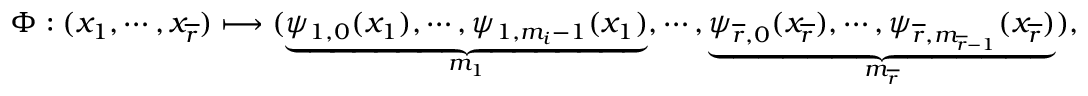
\Phi : ( x _ { 1 } , \cdots , x _ { \overline { { r } } } ) \longmapsto ( \underbrace { \psi _ { 1 , 0 } ( x _ { 1 } ) , \cdots , \psi _ { 1 , m _ { i } - 1 } ( x _ { 1 } ) } _ { m _ { 1 } } , \cdots , \underbrace { \psi _ { \overline { { r } } , 0 } ( x _ { \overline { { r } } } ) , \cdots , \psi _ { \overline { { r } } , m _ { \overline { { r } } - 1 } } ( x _ { \overline { { r } } } ) } _ { m _ { \overline { { r } } } } ) ,